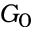
G _ { 0 }